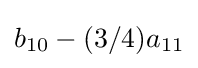
b_{10}-(3/4)a_{11}